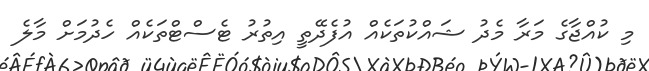
މި ކުއްޖާގެ މަރާ މެދު ޝައްކުތަކެއް އުފެދޭތީ އިތުރު ޓެސްޓްތަކެއް ހެދުމަށް މާލެ